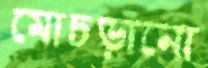
মোচড়ানো